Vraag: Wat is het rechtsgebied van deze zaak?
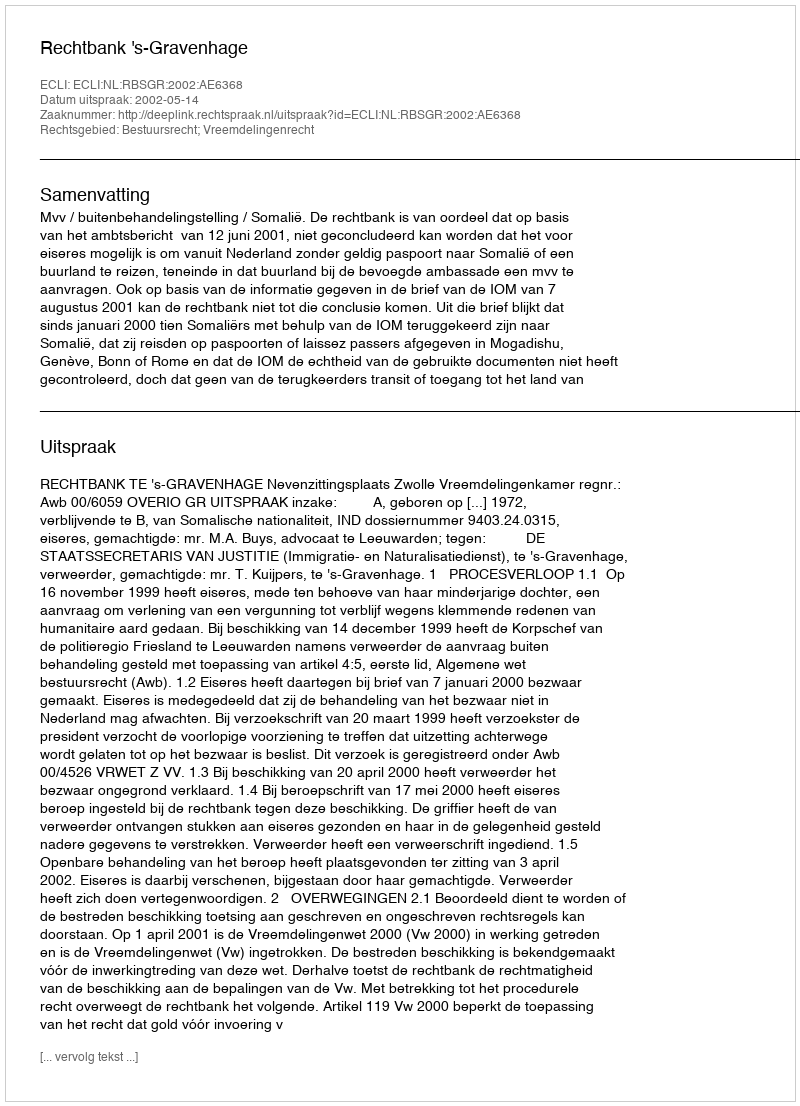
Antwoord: Bestuursrecht; Vreemdelingenrecht